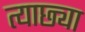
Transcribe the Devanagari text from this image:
त्याछ्या